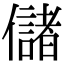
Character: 儲